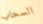
السحاب